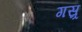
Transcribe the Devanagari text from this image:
गस्र्र